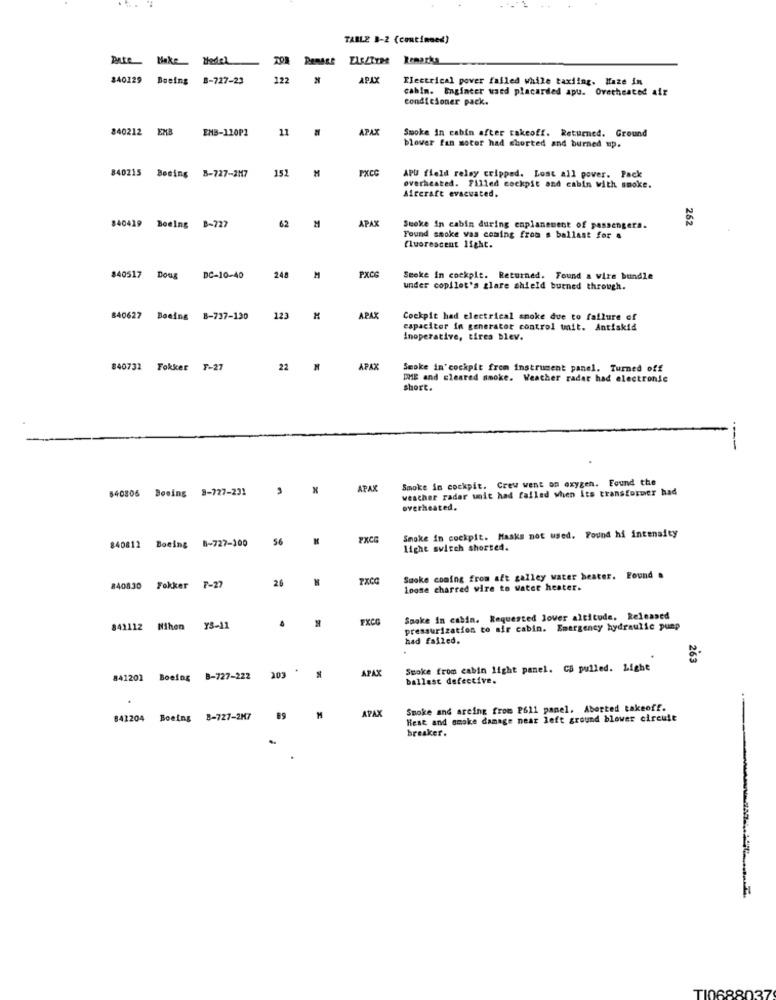
TABLE B-2 (continued)
Pute Make
Bedel
ELSZTYRR
$40129
Boeing
B-727-23
122
APIX
Electrical power failed while taxiing. Haze in
cabin. Engineer waed placarded apu. Overheated air
condicioner pack.
840212 EMB
11
APAX
EMB-120P2
Smoke In cabin after takeoff. Returned. Ground
blower fan motor had shorted and burned up.
PXCC
840215 Boeing 8-727-217
152
APU field relay cripped. Lost all pover. Pack
overheated. Filled cockpit and cabin with smoke.
Aircraft evacuated.
62
APAX
262
$40419 Boeing B-727
Suoke in cabin during enplanement of passengers.
Found smoke vas coming from s ballast for a
fluorescent light.
PXCC
$40517 Doug
DC-10-40
248
M
Smoke In cockpit. Returned. Found a vire bundle
under copilet's glare shield burned through.
840627 Boeing B-737-130
123
APAK
Cockpit had electrical smoke due to failure of
capacitor in generator control unit. Antiakid
inoperative, tires blev.
840732 Fokker F-27
22 M
APAX
Smoke in'cockpit from instrument panel. Turned off
DME and cleared smoke. Weather radar had electronic
short.
Smoke in cockpit. Crew went on oxygen. Found the
$40806 Boeing 8-727-231
APAX
weather radar unit had failed when its transformer had
overheated.
Smoke in cockpit. Masks not used. Found hi intensity
56
FXCG
840812 Boeing 8-727-100
light switch shorted.
26
Smoke coming from alt galley water heater. Found a
840830 Fokker F-27
Loose charred vire to water heater.
FXCG
Smoke in cabin. Requested lover altitude, Released
841112 Nihen
Y3-11
pressurization to air cabin. Emergency hydraulic pump
had failed.
263
203 *
APAX
Smoke from cabin light panel. CB pulled. Light
841201 Boeing B-727-222
ballast defective.
APAX
Smoke and arcing from 2611 panel. Aborted takeoff.
841204
Boeing 8-727-2M7
M
Hest and smoke damage near left ground blower circuit
breaker.
TI0688037